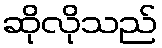
ဆိုလိုသည်